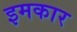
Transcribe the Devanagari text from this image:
इमकार